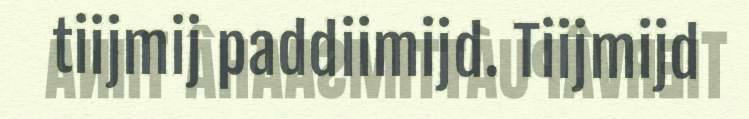
tiijmij paddiimijd. Tiijmijd